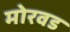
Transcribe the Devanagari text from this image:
मोरवड